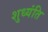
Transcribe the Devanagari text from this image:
शुध्यंति